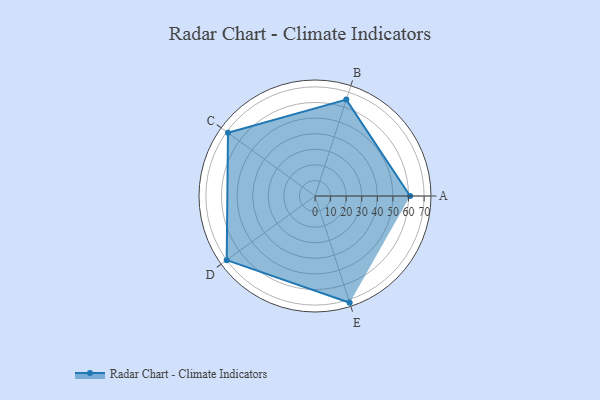
{"axis": {"x": "Skill", "y": "Score"}, "legend": ["Profile"], "data": [{"x": "A", "y": 61.0, "type": "Profile"}, {"x": "B", "y": 65.0, "type": "Profile"}, {"x": "C", "y": 69.0, "type": "Profile"}, {"x": "D", "y": 70.0, "type": "Profile"}, {"x": "E", "y": 72.0, "type": "Profile"}]}